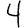
Digit: 4